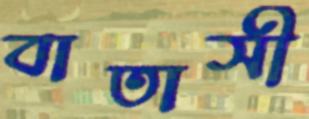
বাতাসী